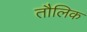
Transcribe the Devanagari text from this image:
तौलिक